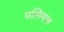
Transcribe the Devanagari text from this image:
पलिमारु